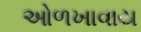
ઓળખાવાય